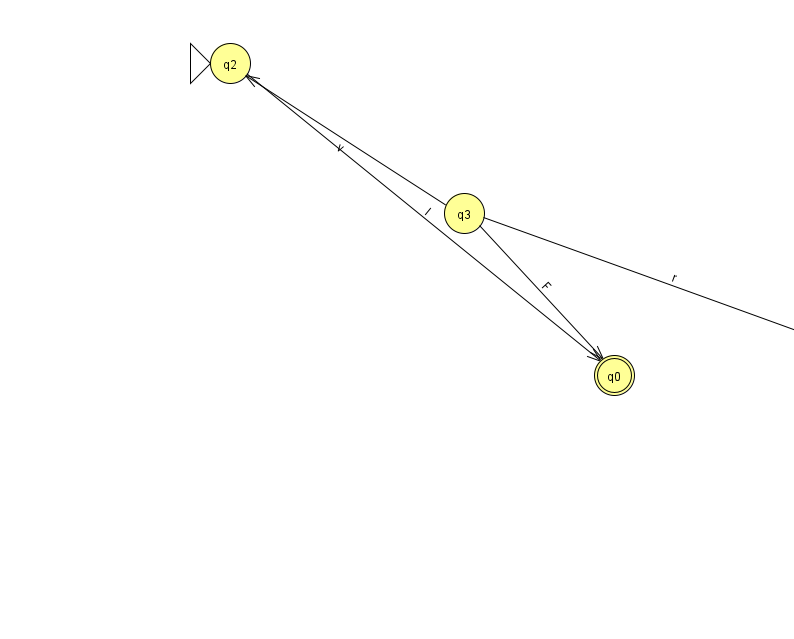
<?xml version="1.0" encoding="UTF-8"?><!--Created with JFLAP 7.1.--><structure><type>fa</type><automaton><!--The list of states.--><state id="0" name="q0"><x>614.0</x><y>362.0</y><final/></state><state id="1" name="q1"><x>879.0</x><y>350.0</y></state><state id="2" name="q2"><x>230.0</x><y>50.0</y><initial/></state><state id="3" name="q3"><x>464.0</x><y>200.0</y></state><!--The list of transitions.--><transition><from>3</from><to>0</to><read>F</read></transition><transition><from>2</from><to>0</to><read>l</read></transition><transition><from>3</from><to>1</to><read>r</read></transition><transition><from>3</from><to>2</to><read>v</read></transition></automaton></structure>